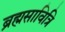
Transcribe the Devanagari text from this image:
ब्रह्मसावित्रि